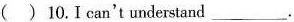
( ) 10. I can't understand ___ .